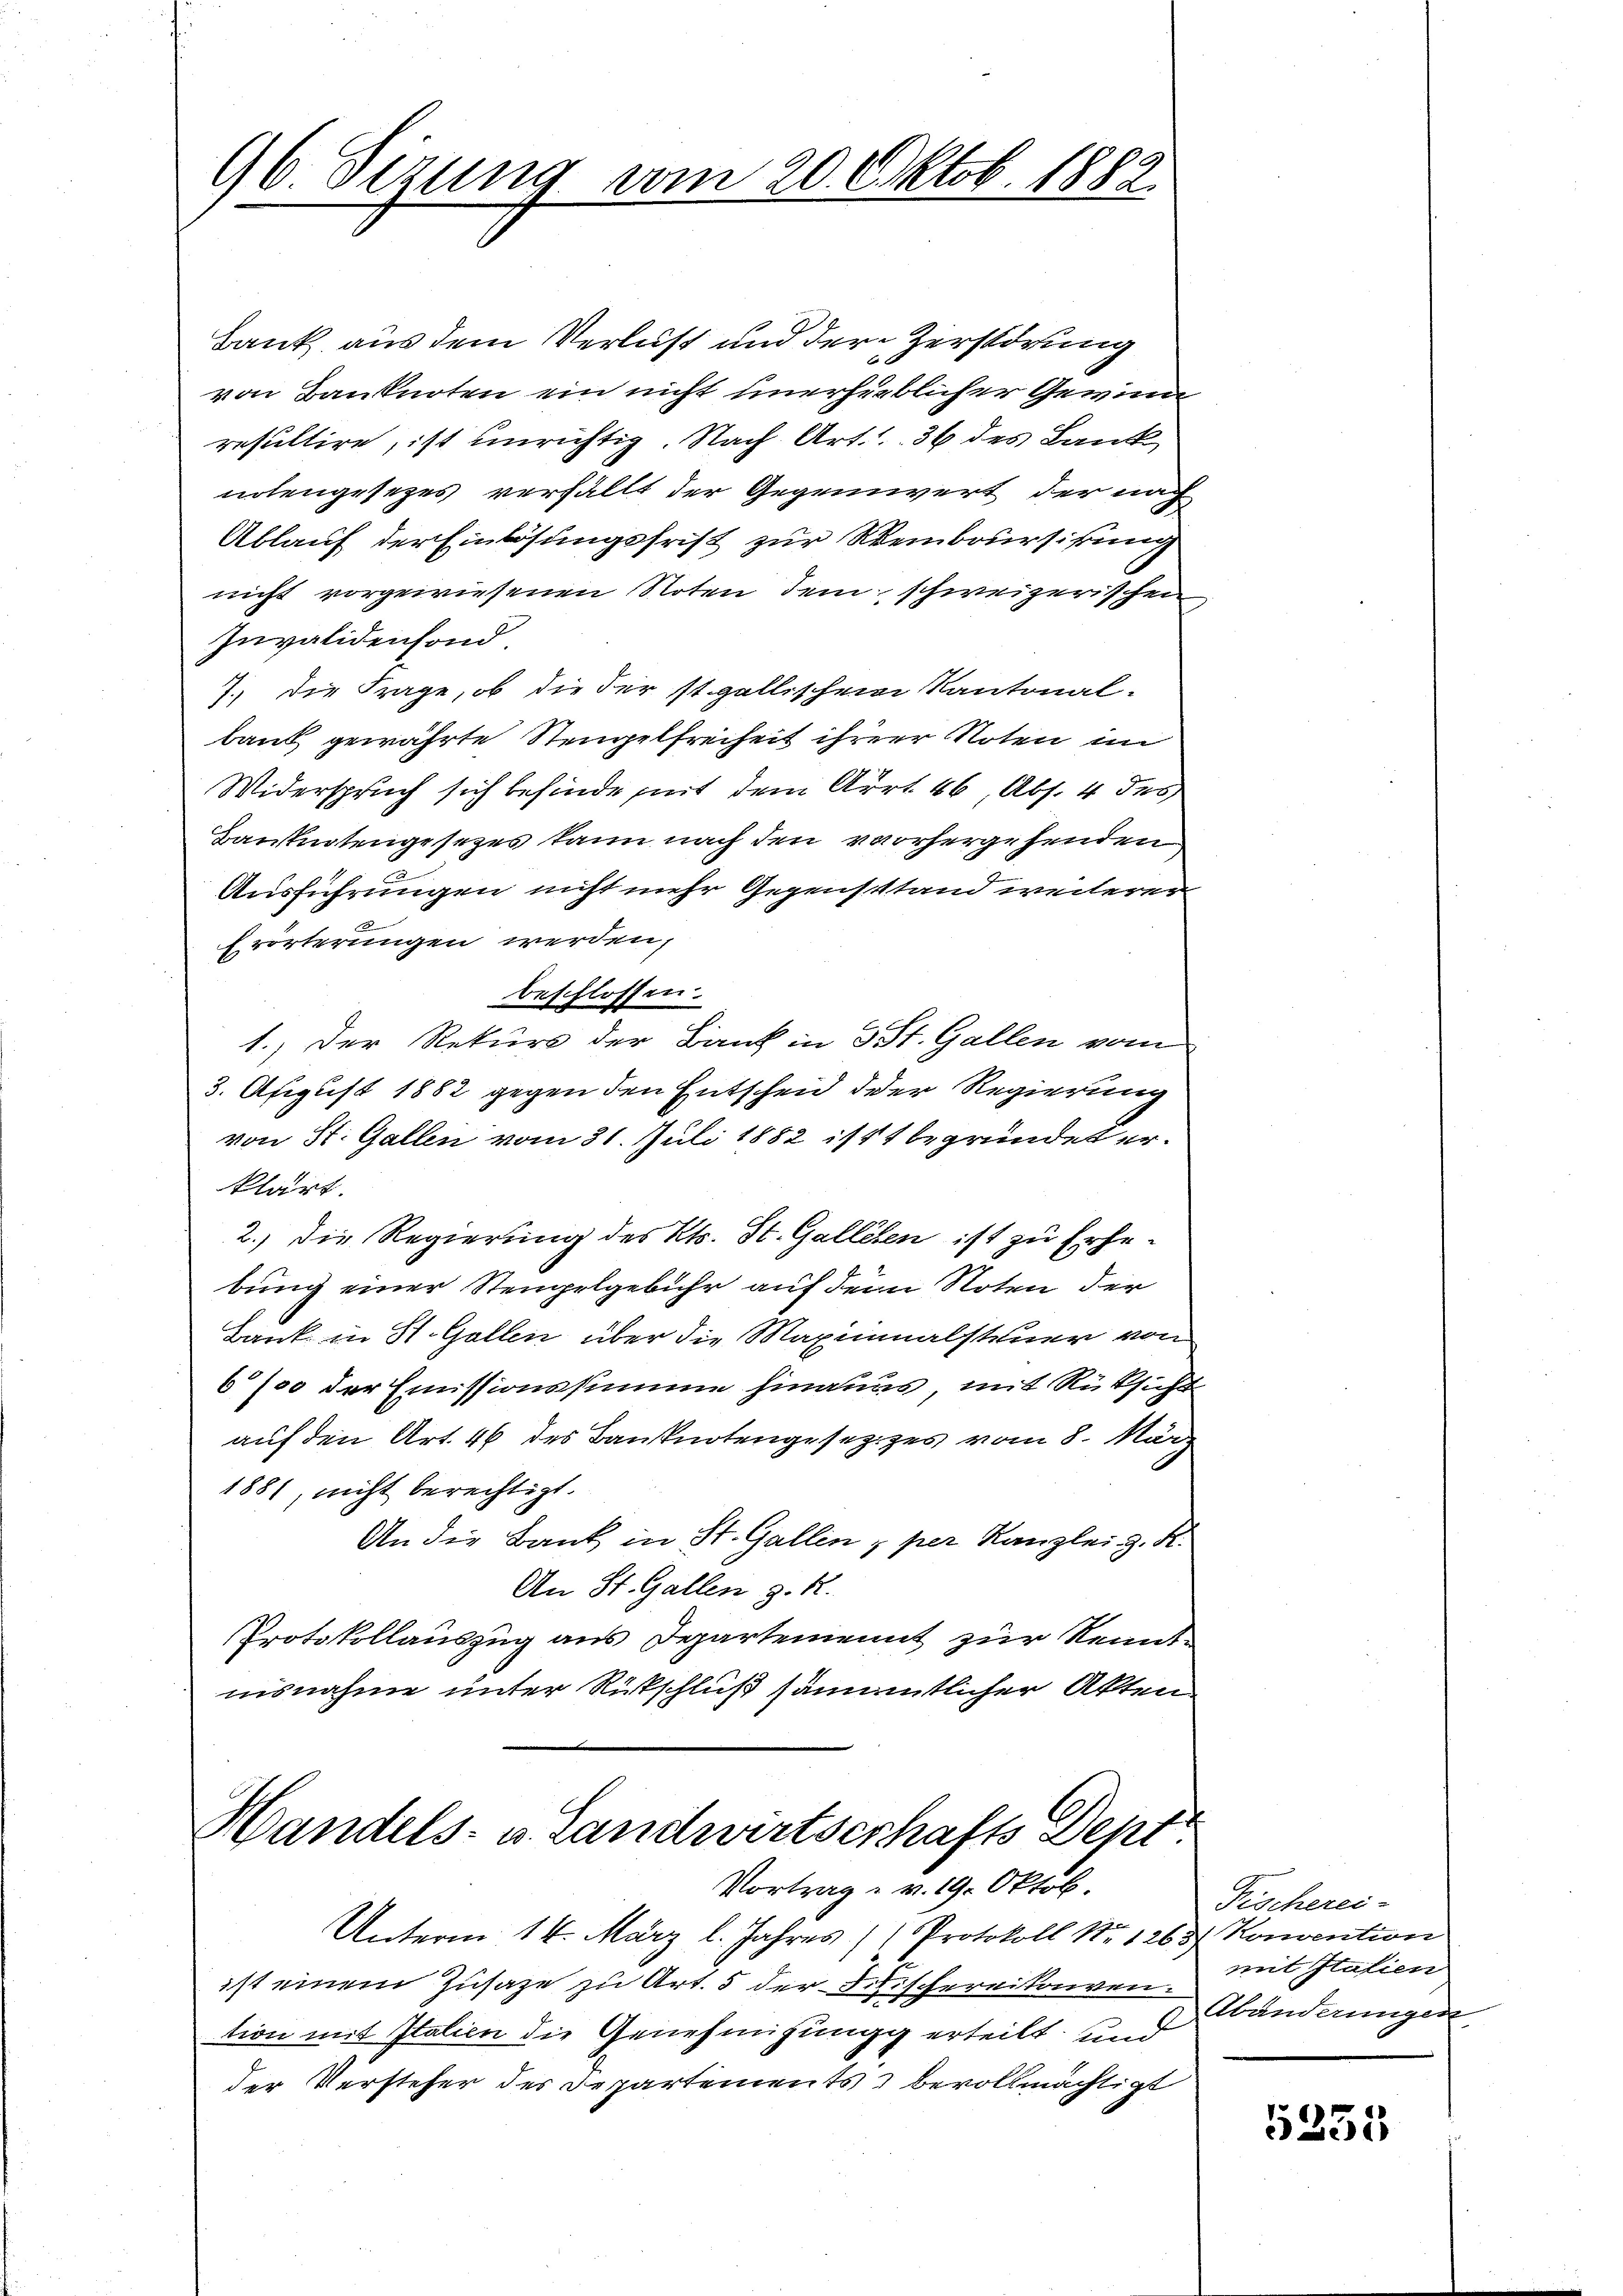
96 Sizung vom 20. Oktob. 1882

Bank aus dem Verlust und der Zerstörung
von Banknoten ein nicht unerhörblicher Gewinne
resultire, ist unrichtig. Nach Art. 1. 36 des Land
nolengesetzes verfällt der Gegensvert der nach
Ablauf der Einlösungsfrist zur Weinboursikung
nicht vorgewiesenen Noten dem schweizerischen
Invalidensond
1., die Frage, ob die der st. gallischen Kantonalbaut gewährte Stengelfreiheit ihrerer Noten in
Widerspruch sich befinde mit dem Arrt. 46, Abs. 4 des
Banknotengesetzes kann nach den vorhergehenden
Ausführungen nicht mehr Gegensstand weiterer
Erörterungen werden,
beschlossen.
1.) Der Rekurs der Bank in 3 St. Gallen vom
3. Afigust 1882 gegen den Entscheid der Regierung
von St. Gallen vom 31. Juli 1882 ist begründet erklärt.
2.) Die Regierung des Kts. St. Galleben ist zu Erhebung einer Stempelgebühr auf dem Noten der
Bank in St. Gallen über die Maximinalsteuer von
6/00 der Emissionssumme hinandes, mit Rüksicht
auf den Art. 46 des Banknotengesetzes vom 8. März
1881, nicht berechtigt.
An die Bank in St. Gallen z per Kanzlei z. K.
An St. Gallen z. R.
Protokollauszug aus Departement zur Kenntnisnahme unter Ritschluß sämmtlicher Akten

Handels- u. Landwirtserhafts Dept
Vortrag v. 19. Oktob.

Unterm 14. März l. Jahres Protokoll No 1263. Konvention
ist einem Zusage zu Art. 5 der Litischereitonvention mit Italien die Genehmigung erteilt und
der Versteher des Departements) bevollmächtigt

Fischerei-
mit Italien
Abänderungen

5355